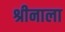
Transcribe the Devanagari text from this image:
श्रीनाला